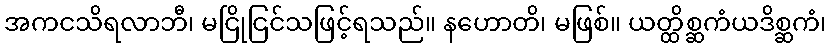
အကငသိရလာဘီ၊ မငြိုငြင်သဖြင့်ရသည်။ နဟောတိ၊ မဖြစ်။ ယတ္ထိစ္ဆကံယဒိစ္ဆကံ၊